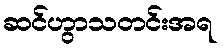
ဆင်ဟွာသတင်းအရ